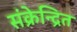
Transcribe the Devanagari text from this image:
संक्रेन्द्रित